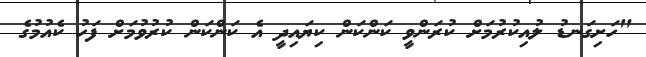
"ހަށިގަނޑު ލުއިކުރުމަށް ކުރަންވީ ކަންކަން ކިޔައިދީ އެ ކަންކަން ކުރުވުމަށް ފަހު ކެއުމުގެ